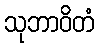
သုဘာဝိတံ